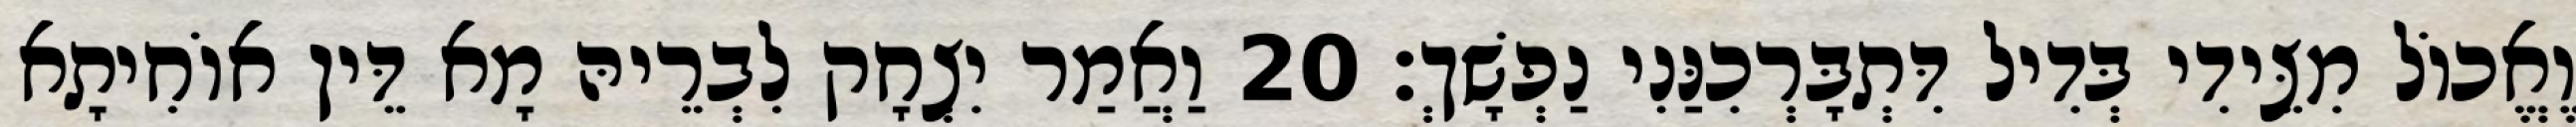
וֶאֱכוֹל מִצֵּידִי בְּדִיל דִּתְבָּרְכִנַּנִי נַפְשָׁךְ׃ 20 וַאֲמַר יִצְחָק לִבְרֵיהּ מָא דֵּין אוֹחִיתָא